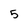
Character: 5